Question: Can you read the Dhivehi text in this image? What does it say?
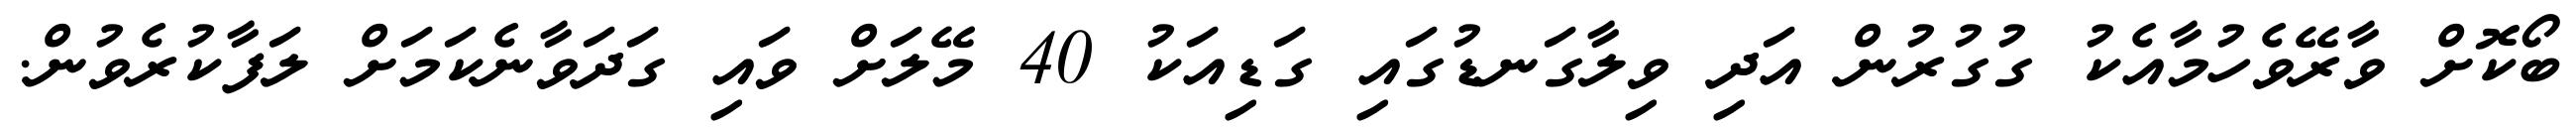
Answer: ބޯކޮށް ވާރޭވެހުމާއެކު ގުގުރުން އަދި ވިލާގަނޑުގައި ގަޑިއަކު 40 މޭލަށް ވައި ގަދަވާނެކަމަށް ލަފާކުރެވުން.